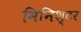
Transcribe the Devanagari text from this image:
मिनिश्टर